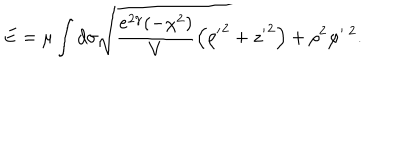
E = \mu \int d \sigma \sqrt { \frac { e ^ { 2 \gamma } ( - \chi ^ { 2 } ) } { V } \left( { \rho ^ { \prime } } ^ { 2 } + { z ^ { \prime } } ^ { 2 } \right) + \rho ^ { 2 } \varphi ^ { \prime \; 2 } } .